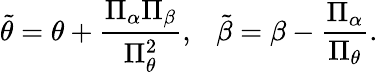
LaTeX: \tilde{\theta}=\theta+{\frac{\Pi_{\alpha}\Pi_{\beta}}{\Pi_{\theta}^{2}}},~~~\tilde{\beta}=\beta-{\frac{\Pi_{\alpha}}{\Pi_{\theta}}}.